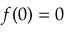
f ( 0 ) = 0